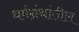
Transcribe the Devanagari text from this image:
धर्मग्रंथांतील